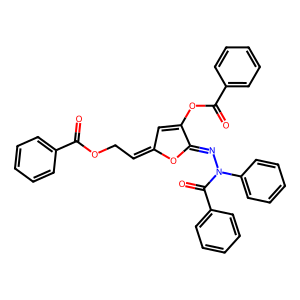
SMILES: O=C(OCC=C1C=C(OC(=O)c2ccccc2)C(=NN(C(=O)c2ccccc2)c2ccccc2)O1)c1ccccc1
Inhibits HIV replication: No